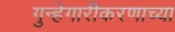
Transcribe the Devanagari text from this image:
गुन्हेगारीकरणाच्या